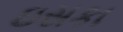
ઇસકા